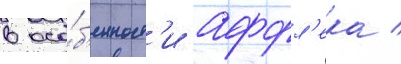
в осо́б'енност'и аффл'ека /